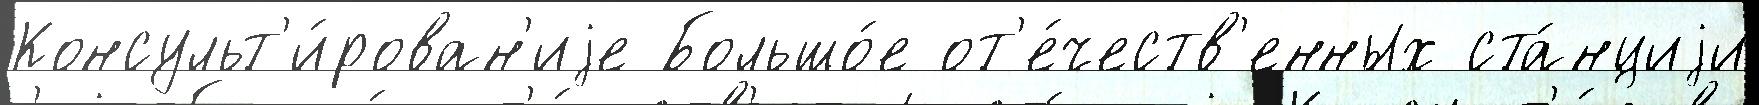
Консульт'и́рован'иjе Большо́е от'е́честв'енных ста́нциjи